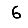
Digit: 6